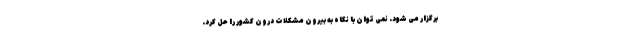
برگزار می شود. نمی توان با نگاه به بیرون مشکلات درون کشور را حل کرد.